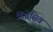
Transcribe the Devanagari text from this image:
डिप्रेसिव